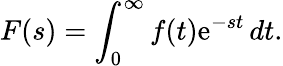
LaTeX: F(s)=\int_{0}^{\infty}f(t)\mathrm{e}^{-st}\, dt.